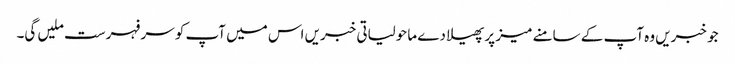
جو خبریں وہ آپ کے سامنے میز پر پھیلا دے ماحولیاتی خبریں اس میں آپ کو سر فہرست ملیں گی۔